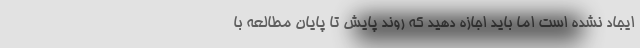
ایجاد نشده است اما باید اجازه دهید که روند پایش تا پایان مطالعه با